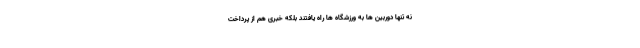
نه تنها دوربین ها به ورزشگاه ها راه یافتند بلکه خبری هم از پرداخت